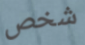
شخص